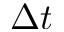
\Delta t